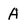
Character: A